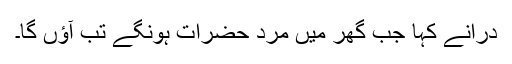
دراؔنے کہا جب گھر میں مرد حضرات ہونگے تب آؤں گا۔